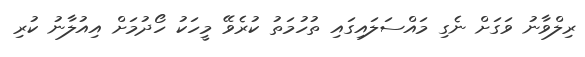
ރިލްވާނު ވަގަށް ނެގި މައްސަލައިގައި ތުހުމަތު ކުރެވޭ މީހަކު ހޯދުމަށް އިއުލާނު ކުރި